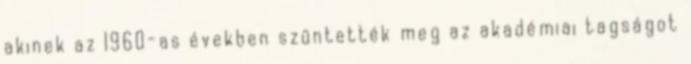
akinek az 1960-as években szüntették meg az akadémiai tagságot